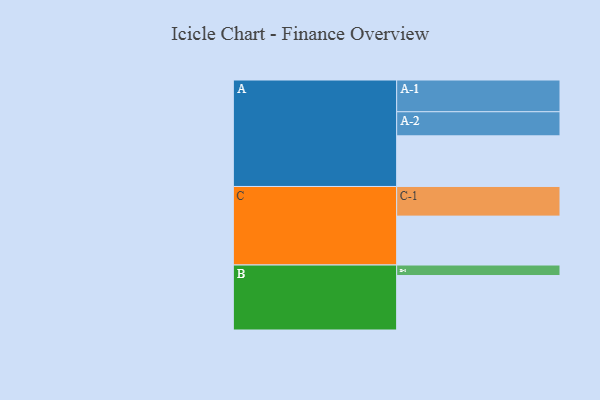
{"axis": {"x": "Segment", "y": "Value"}, "legend": ["", "A", "B", "C"], "data": [{"x": "A", "y": 410, "type": ""}, {"x": "B", "y": 441, "type": ""}, {"x": "C", "y": 396, "type": ""}, {"x": "A-1", "y": 257, "type": "A"}, {"x": "A-2", "y": 195, "type": "A"}, {"x": "B-1", "y": 85, "type": "B"}, {"x": "C-1", "y": 240, "type": "C"}]}